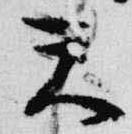
天